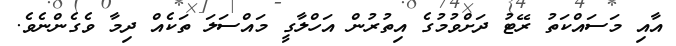
އާއި މަސައްކަތު ރޭޓު ދަށްވުމުގެ އިތުރުން އަހްލާގީ މައްސަލަ ތަކެއް ދިިމާ ވެގެންނެވެ.